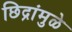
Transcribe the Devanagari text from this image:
छिद्रांमुळे